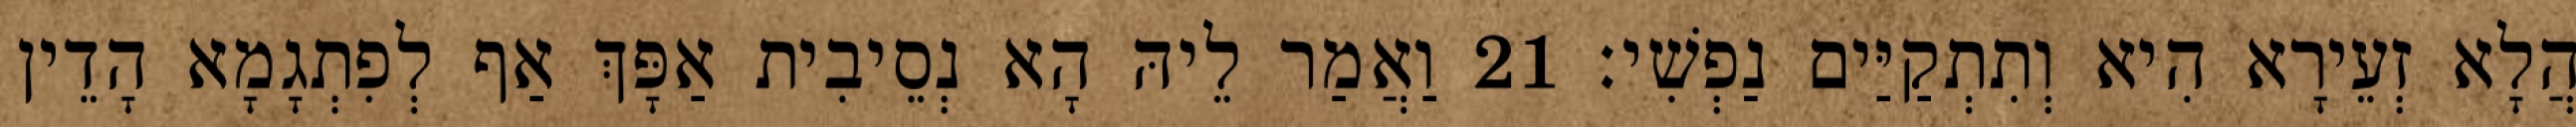
הֲלָא זְעֵירָא הִיא וְתִתְקַיַּים נַפְשִׁי׃ 21 וַאֲמַר לֵיהּ הָא נְסֵיבִית אַפָּךְ אַף לְפִתְגָמָא הָדֵין